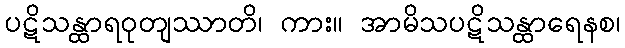
ပဋိသန္ထာရဝုတျဿာတိ၊ ကား။ အာမိသပဋိသန္ထာရေနစ၊